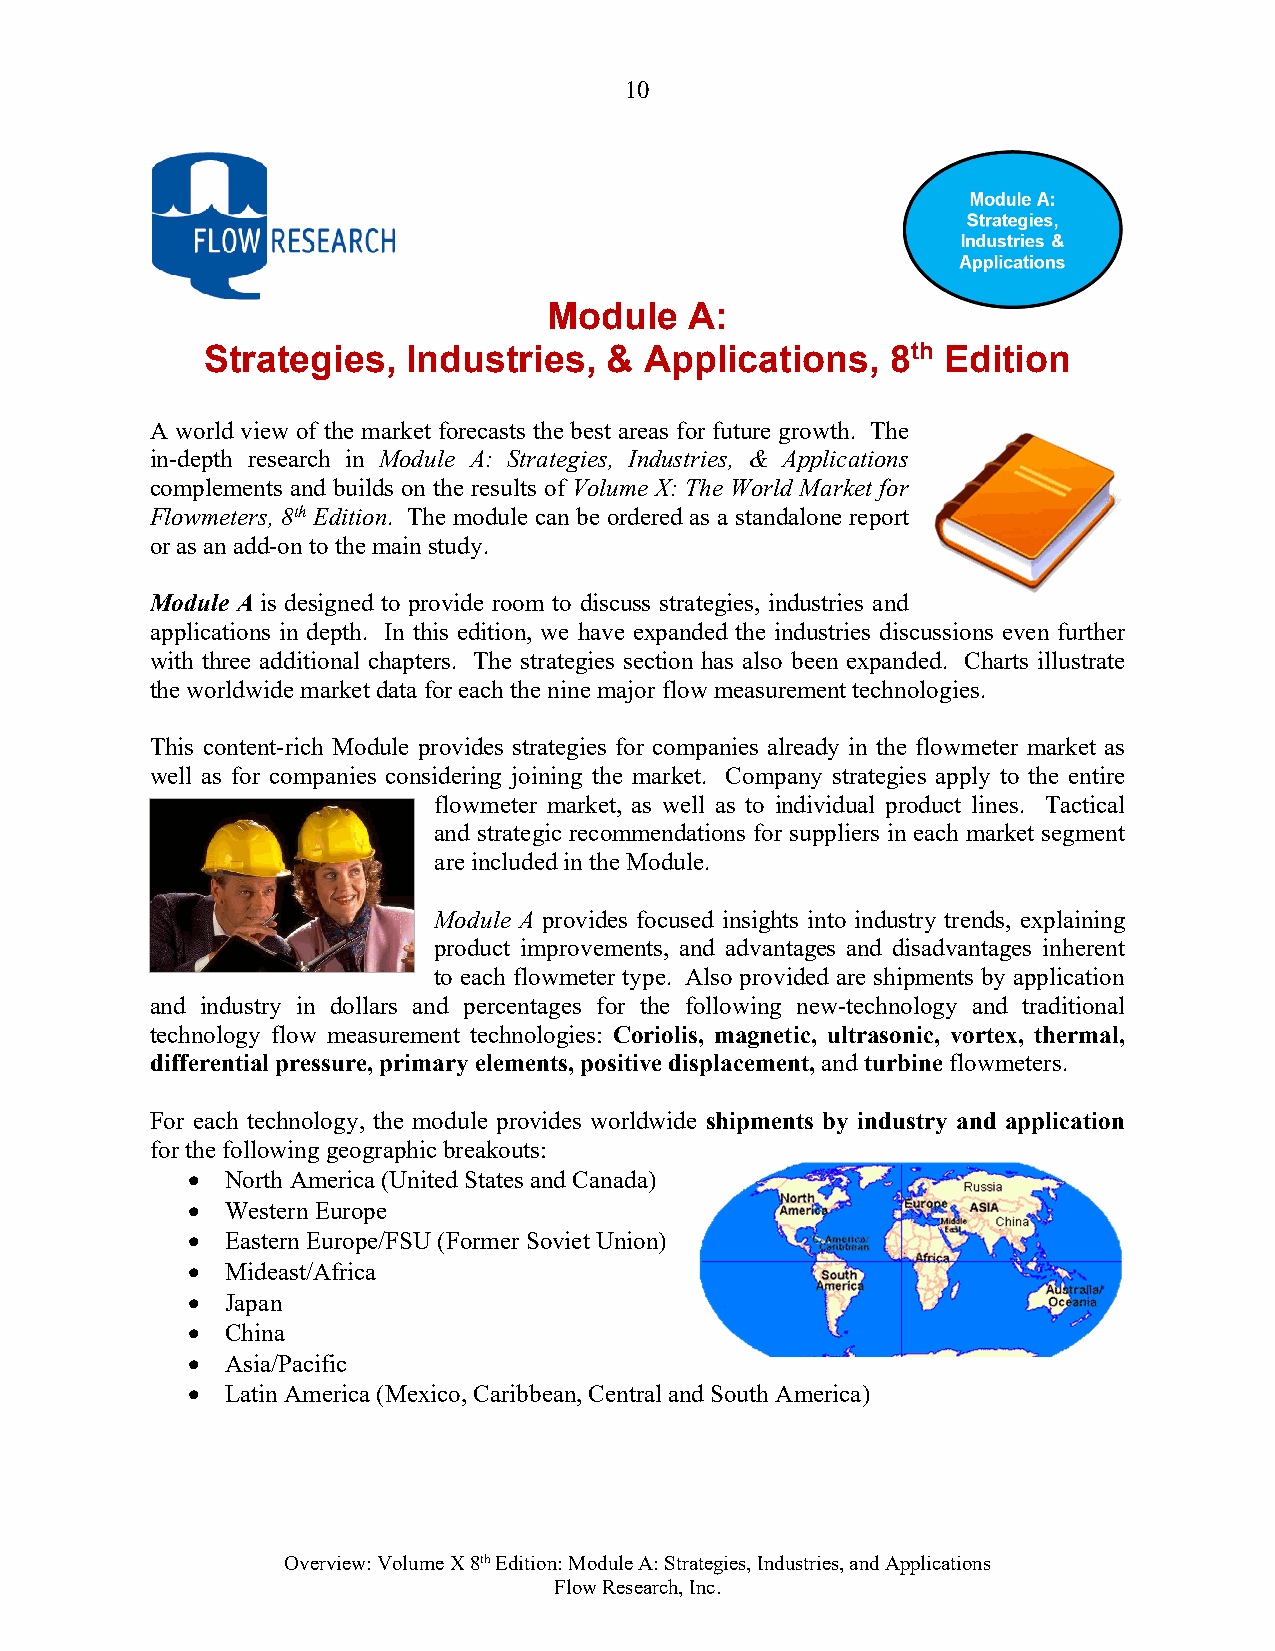
10
 Module    A:
 Strategies,  Industries,  &  Applications,   8th Edition
 A world view of the market forecasts the best areas for future growth. The
 in-depth research in Module A: Strategies, Industries, & Applications
 complements and builds on the results of Volume X: The World Market for
 Flowmeters, 8th Edition. The module can be ordered as a standalone report
 or as an add-on to the main study.
 Module A is designed to provide room to discuss strategies, industries and
 applications in depth. In this edition, we have expanded the industries discussions even further
 with three additional chapters. The strategies section has also been expanded. Charts illustrate
 the worldwide market data for each the nine major flow measurement technologies.
 This content-rich Module provides strategies for companies already in the flowmeter market as
 well as for companies considering joining the market. Company strategies apply to the entire
 flowmeter market, as well as to individual product lines. Tactical
 and strategic recommendations for suppliers in each market segment
 are included in the Module.
 Module A provides focused insights into industry trends, explaining
 product improvements, and advantages and disadvantages inherent
 to each flowmeter type. Also provided are shipments by application
 and industry in dollars and percentages for the following new-technology and traditional
 technology flow measurement technologies: Coriolis, magnetic, ultrasonic, vortex, thermal,
 differential pressure, primary elements, positive displacement, and turbine flowmeters.
 For each technology, the module provides worldwide shipments by industry and application
 for the following geographic breakouts:
   North America (United States and Canada)
   Western Europe
   Eastern Europe/FSU (Former Soviet Union)
   Mideast/Africa
   Japan
   China
   Asia/Pacific
   Latin America (Mexico, Caribbean, Central and South America)
 Overview: Volume X 8th Edition: Module A: Strategies, Industries, and Applications
 Flow Research, Inc.